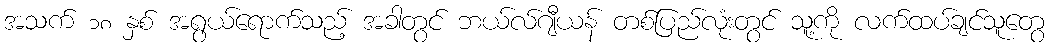
အသက် ၁၈ နှစ် အရွယ်ရောက်သည့် အခါတွင် ဘယ်လ်ဂျီယန် တစ်ပြည်လုံးတွင် သူ့ကို လက်ထပ်ချင်သူတွေ